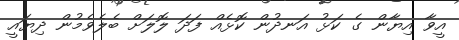
އީވާ އިޔާން ގެ ކަޅު އަނދުން ކޮޅެއް ފަދަ ލޮލަށް ބެލެވެމުން ދިޔައީ